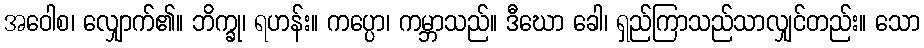
အဝေါစ၊ လျှောက်၏။ ဘိက္ခု၊ ရဟန်း။ ကပ္ပော၊ ကမ္ဘာသည်။ ဒီဃော ခေါ၊ ရှည်ကြာသည်သာလျှင်တည်း။ သော